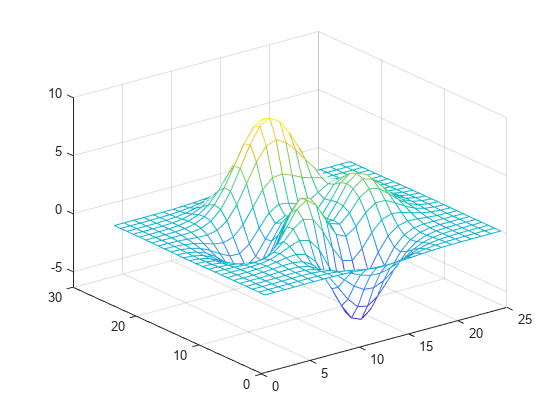
matlab, mesh